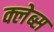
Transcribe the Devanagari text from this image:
क्लेब्स